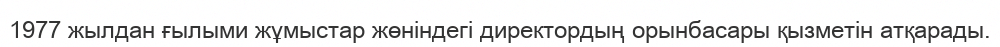
1977 жылдан ғылыми жұмыстар жөніндегі директордың орынбасары қызметін атқарады.